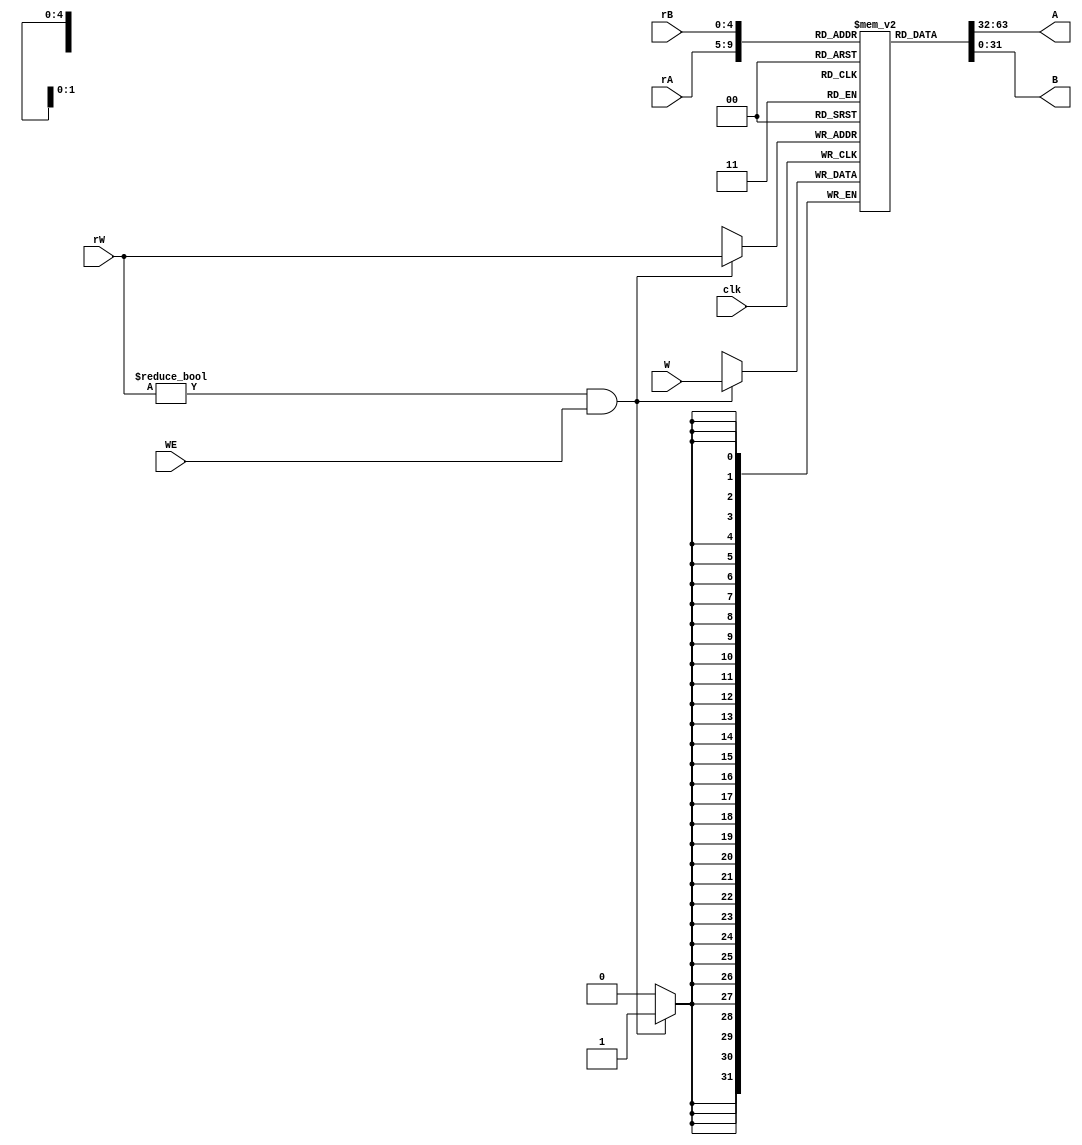
//==================================================================================================
//  Revision      : 
//
//  Description   : 
//
//
//==================================================================================================
module BASEREGFILE(clk, WE, rW, rA, rB, W, A, B);

input clk, WE;//write enable control
input [4:0] rW, rA, rB;//register addr
input [31:0] W;//data to rW
output [31:0] A, B;//data from rA,rB

reg [31:0] register [31:0];//32 registers
integer i;

initial
	begin
	   for (i = 0; i < 32; i = i + 1)
		  register[i] = 0;//register
	end

assign A = register[rA];
assign B = register[rB];

always @(negedge clk)
	begin
		if ((rW != 0) && (WE == 1))
			begin
				register[rW] <= W;
			end
	end
endmodule